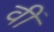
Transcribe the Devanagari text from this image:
वीं